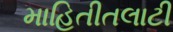
માહિતીતલાટી